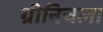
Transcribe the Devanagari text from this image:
ग्रीनिचला